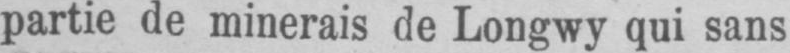
partie de minerais de Longwy qui sans